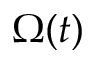
\Omega ( t )